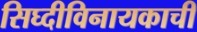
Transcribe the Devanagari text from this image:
सिघ्दीविनायकाची